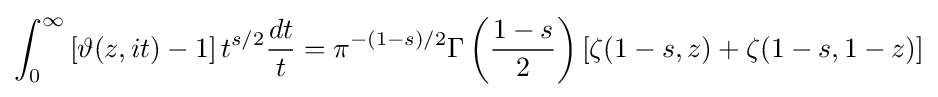
\int _{0}^{\infty }\left[\vartheta (z,it)-1\right]t^{s/2}{\frac {dt}{t}}=\pi ^{-(1-s)/2}\Gamma \left({\frac {1-s}{2}}\right)\left[\zeta (1-s,z)+\zeta (1-s,1-z)\right]